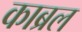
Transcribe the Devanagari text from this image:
काब्रल